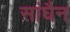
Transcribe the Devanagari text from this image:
सांघैन